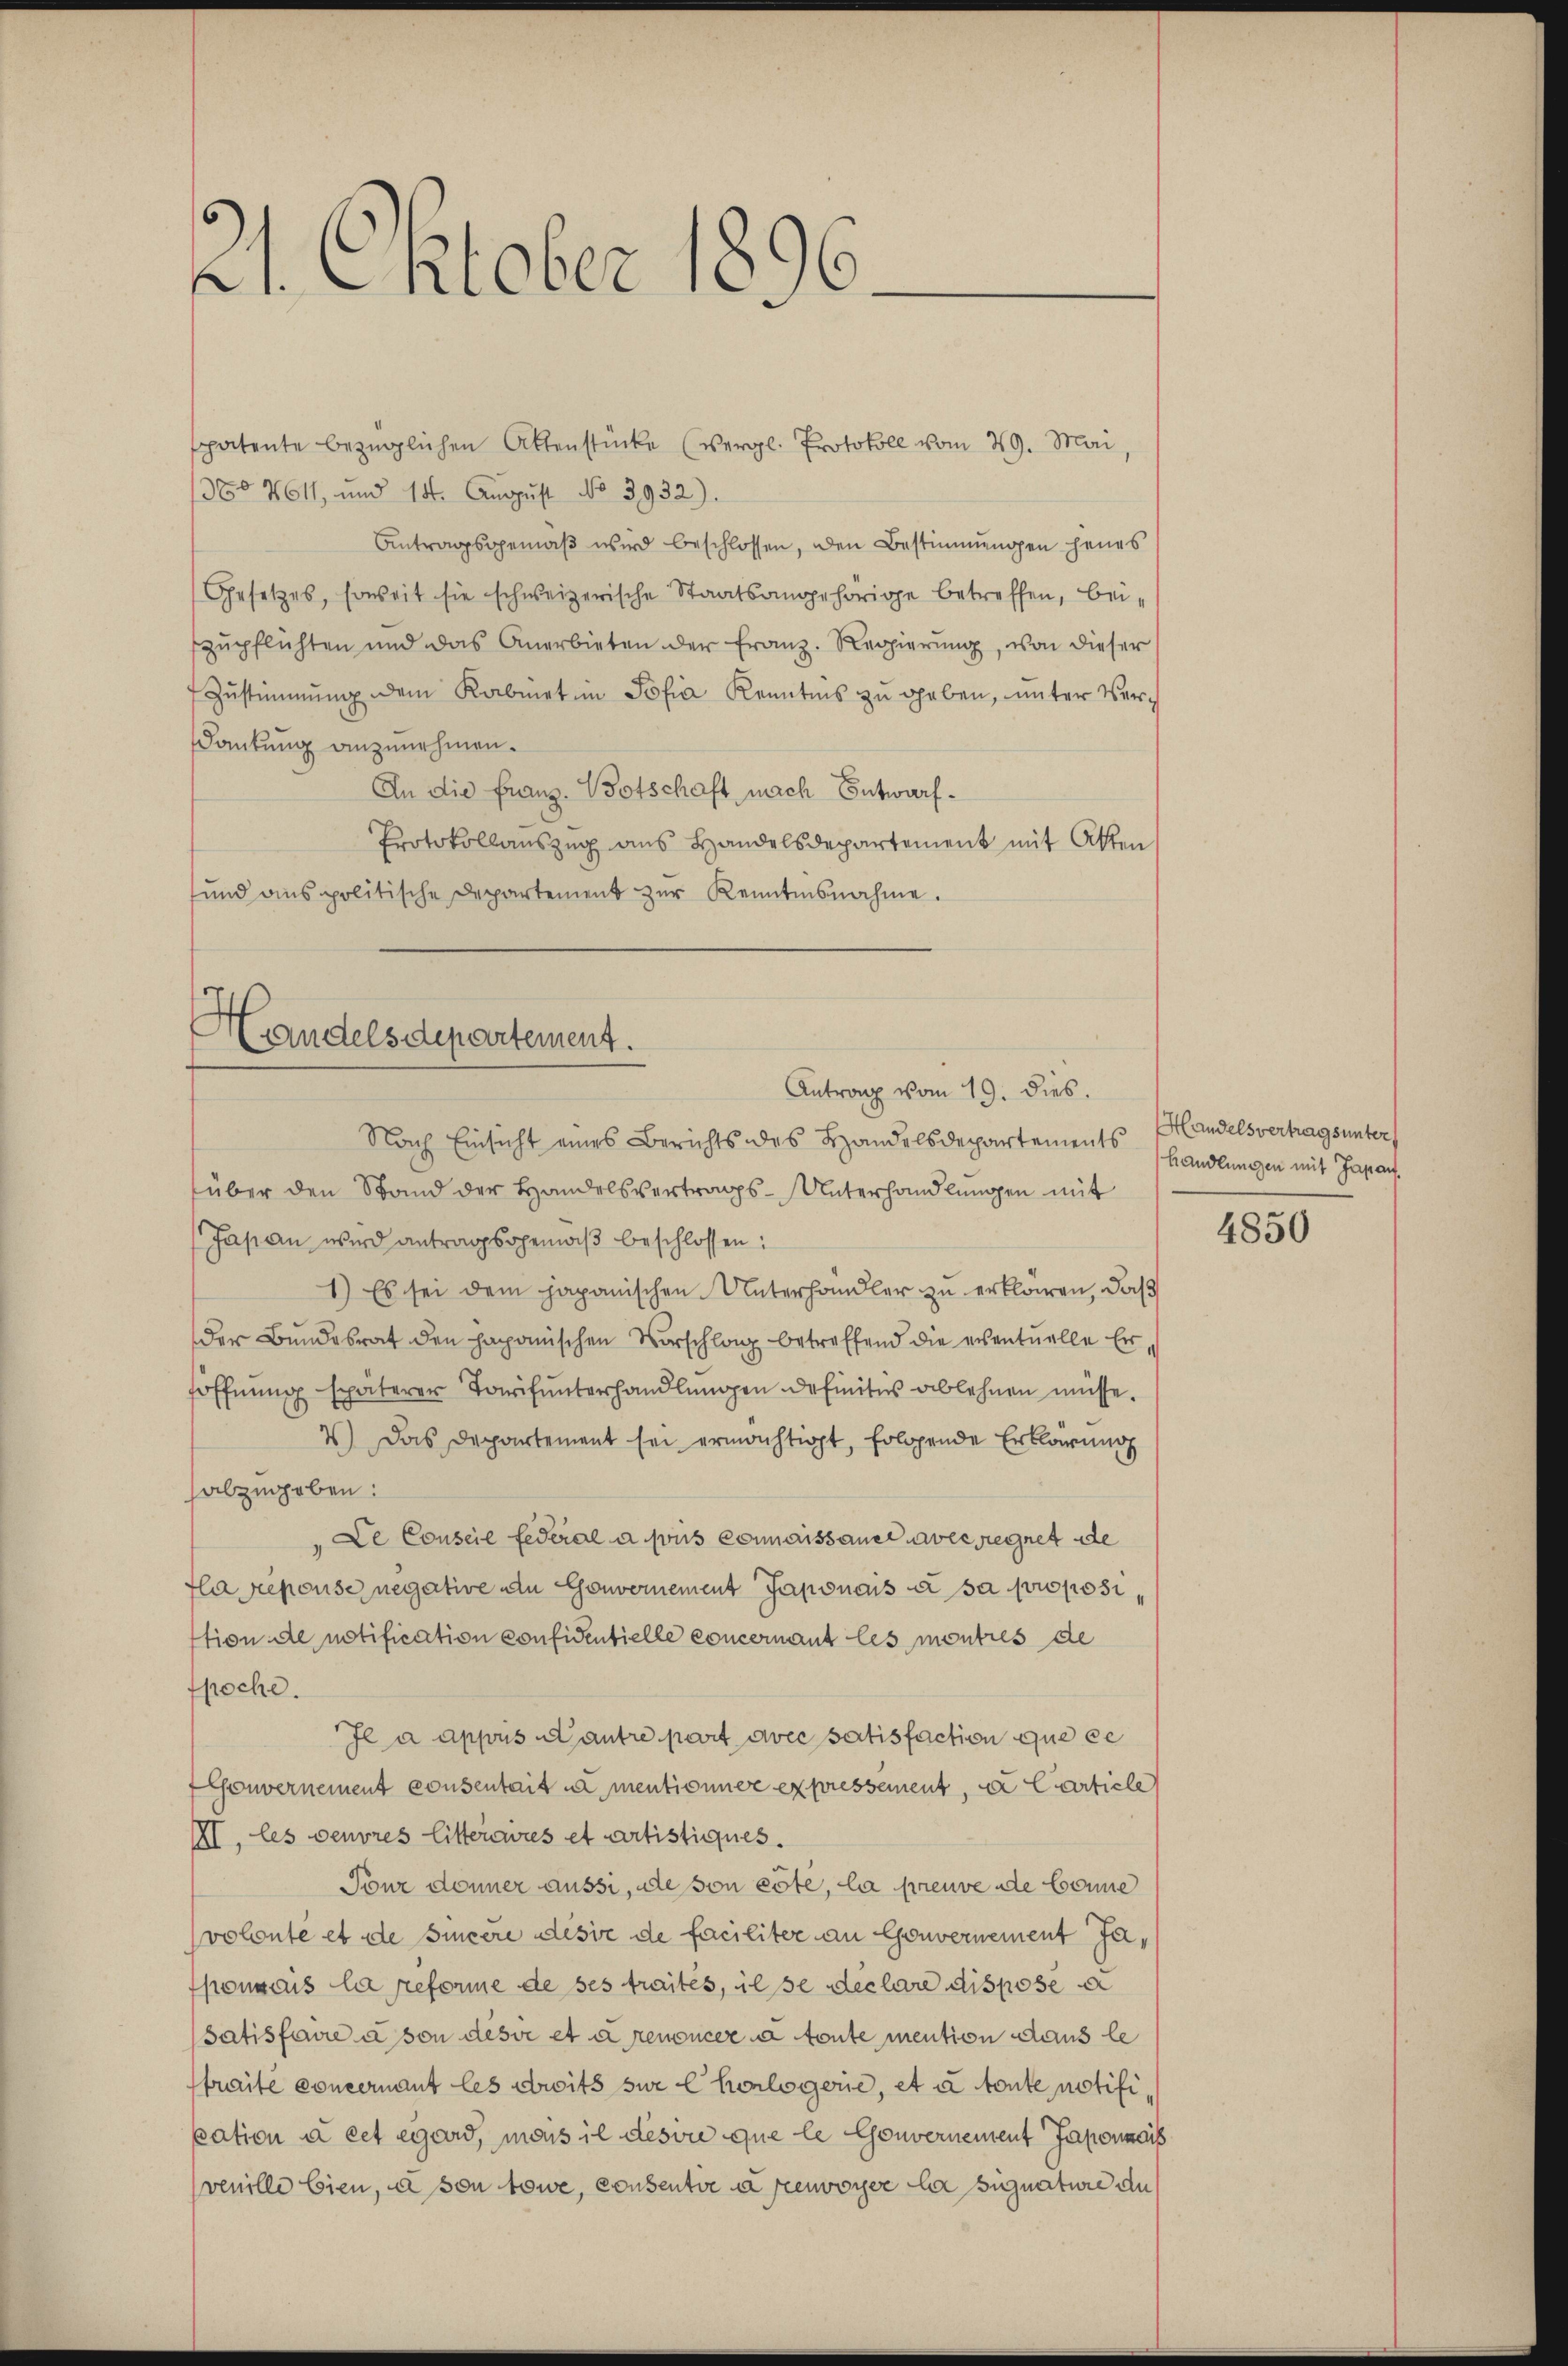
21. Oktober 1896

spatente bezüglichen Aktenstücke (vergl. Protokoll vom 29. Mai,
38° 7611, und 15. Aŭgŭst No 3932).
Antragsgemäβ wird beschlossen, den Bestimmungen jenes
Gesetzes, soweit sie schweizerische Staatsangehörige betreffen, beizupflichten und das Anerbieten der Franz. Regierung, von dieser
Zustimmung dem Kabinet in Sofia Kenntnis zu geben, unter Verdankung anzunehmen.
An die Franz- Botschaft nach Entwurf¬
Protokollauszug aus Handelsdepartement mit Atten
sund aus politische Departement zur Kenntnisnahme.

Handelsdepartement.
Antrag vom 19. dies.

Nach Einsicht eines Berichts des Handelsdepartements Handelsvertragsunter,
über den Stand der Handelsvertrags-Unterhandlungen mit
Japan wird antragsgemäβ beschlossen:
1.) Es sei dem japanischen Unterhandler zu erklären, daß
der Bundesrat den hapanischen Vorschlag betreffend die eventuelle Ersoffnung späterer Tarifunterhandlungen definites ablehnen müsse.
4) Das Departement sei ermächtigt, hologende Erklärung
abzugeben:
"Le Conscie federal a puis connaissanel avec segnet de
la repouse negative die Gouvernement Japonais à sa proposistion de notification confidentielle concernant les montres de
poche.
Il a appus Cantre part avec satisfaction que ce
Couvernement consentait in mentionner expressement, u Carticle
XI, les oeuvres litteraires et artistiques.
Pour donner aussi, de son erte, la preuve de Conne
volonté et de Sicere desse de faciliter an Gouvernement Jafpouvais la preforme de ses traites, il se declare dispose
Satisfaire à son desse et à renoncera toute mention dans le
traite concernant les dowits sue Chorlogerie, et à toute notifiscation à cet egard, mais il des vie que le Gouvernement Japonsab
venille bien, da son towe, consentie à renvoyer la signature du

handlungen mit Japan.

4850